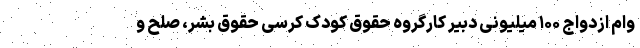
وام ازدواج ۱۰۰ میلیونی دبیر کارگروه حقوق کودک کرسی حقوق بشر، صلح و